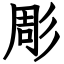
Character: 彫